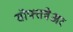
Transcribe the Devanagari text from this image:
सोफ्तवेअर